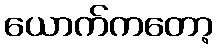
ယောက်ကတော့